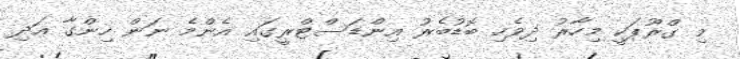
މި ގްރޫޕަކީ މިހާރު ދިވެހި ބޮޑުބެރު އިންޑަސްޓްރީގައި އެންމެ ނަން ހިންގާ އަދި